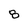
Character: 8